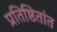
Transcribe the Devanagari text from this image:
प्रतिष्ठितांत